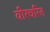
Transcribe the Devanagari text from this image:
वीरचरित